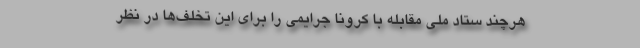
هرچند ستاد ملی مقابله با کرونا جرایمی را برای این تخلف‌ها در نظر